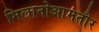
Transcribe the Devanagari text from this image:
मिलानोआमतौर